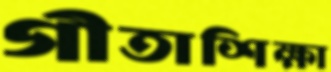
গীতাশিক্ষা